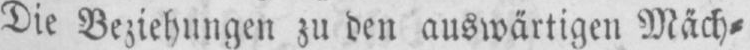
Die Beziehungen zu den auswärtigen Mäch⸗